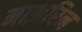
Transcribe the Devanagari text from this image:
माझरिन